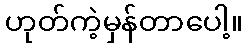
ဟုတ်ကဲ့မှန်တာပေါ့။